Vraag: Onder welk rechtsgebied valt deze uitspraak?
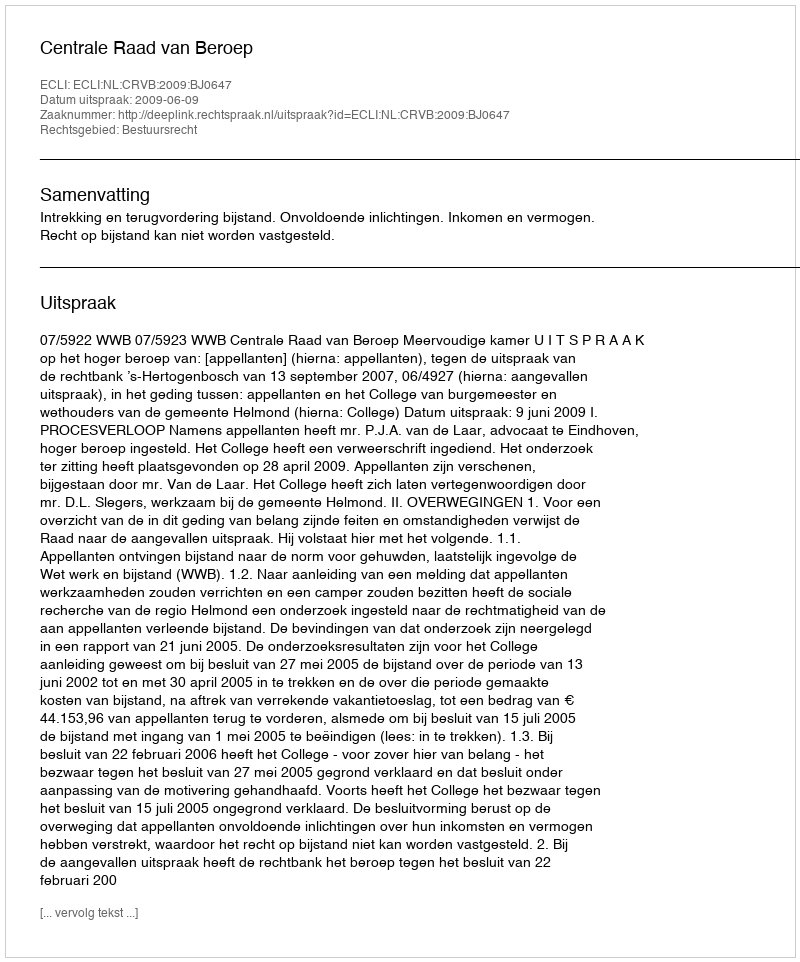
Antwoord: Bestuursrecht